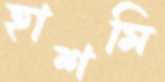
হাশমি